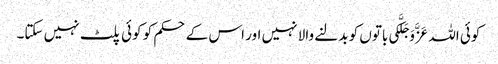
کوئی اللہ عَزَّوَجَلَّکی باتوں کو بدلنے والا نہیں اور اس کے حکم کو کوئی پلٹ نہیں سکتا۔